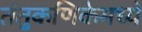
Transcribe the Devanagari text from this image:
तंतुकणिकेमध्ये